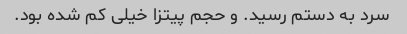
سرد به دستم رسید. و حجم پیتزا خیلی کم شده بود.